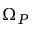
\Omega _ { P }